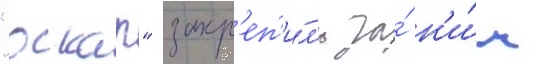
"оскар" закр'еп'и́л'и за́ н'и́м